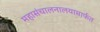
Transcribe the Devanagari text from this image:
महासंचालनालयामार्फत